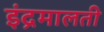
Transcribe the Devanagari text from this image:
इंद्रमालती